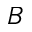
B